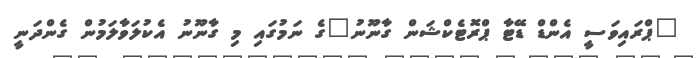
"ޕްރައިވަސީ އެންޑް ޑޭޓާ ޕްރޮޓެކްޝަން ގާނޫނު"ގެ ނަމުގައި މި ގާނޫނު އެކުލަވާލަމުން ގެންދަނީ